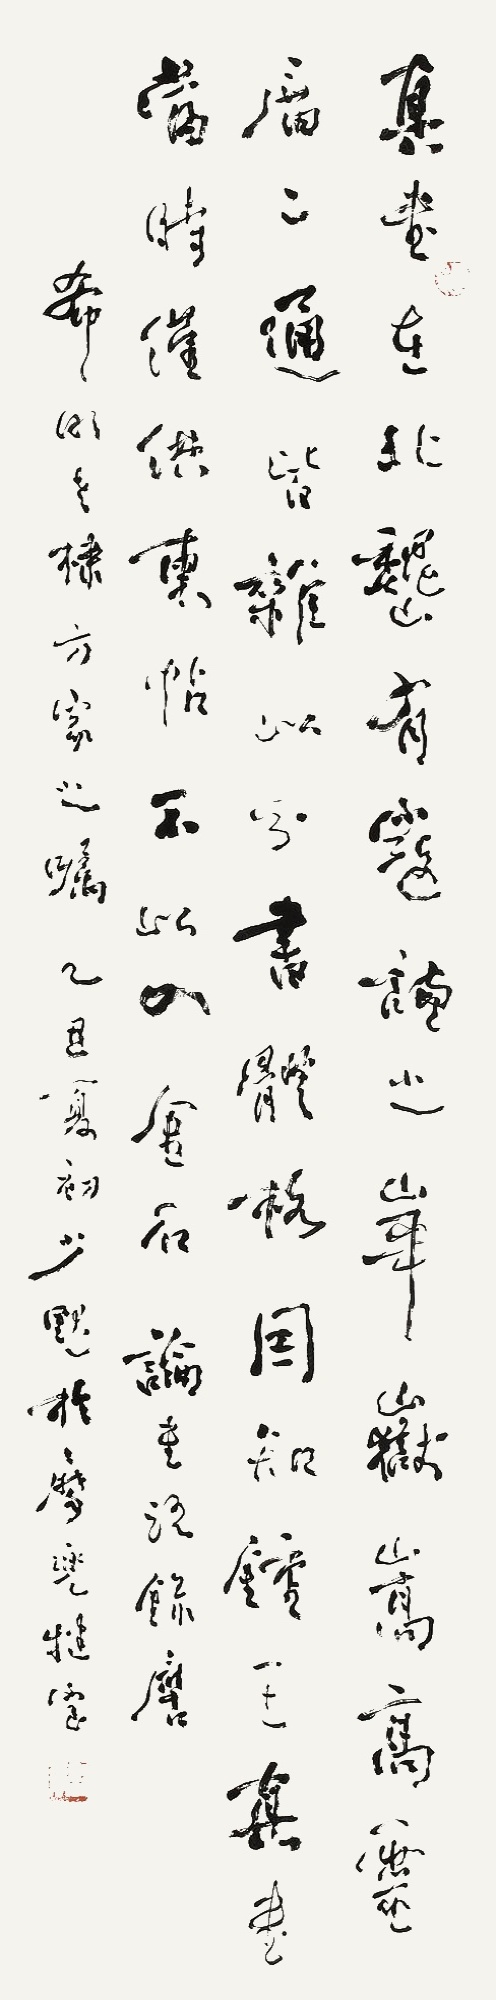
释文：真书在北魏有寇谦之华岳嵩高灵庙二通皆杂以分书体格。因知钟王真书当时仅供柬贴，不以入金石。论书语录应希明老棣方家之嘱。乙丑夏初少默于魔兜犍室。